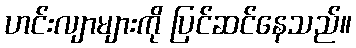
ဟင်းလျာများကို ပြင်ဆင်နေသည်။